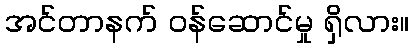
အင်တာနက် ဝန်ဆောင်မှု ရှိလား။